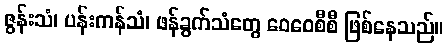
ဇွန်းသံ၊ ပန်းကန်သံ၊ ဖန်ခွက်သံတွေ ဝေဝေစီစီ ဖြစ်နေသည်။